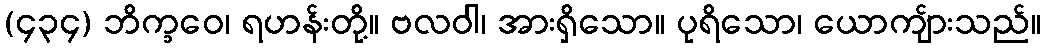
(၄၃၄) ဘိက္ခဝေ၊ ရဟန်းတို့။ ဗလဝါ၊ အားရှိသော။ ပုရိသော၊ ယောကျ်ားသည်။